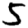
Digit: 5